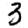
Digit: 3